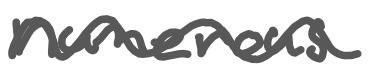
Text: numerous
Cross-out: wave
Writing tool: digital_gray